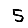
Digit: 5